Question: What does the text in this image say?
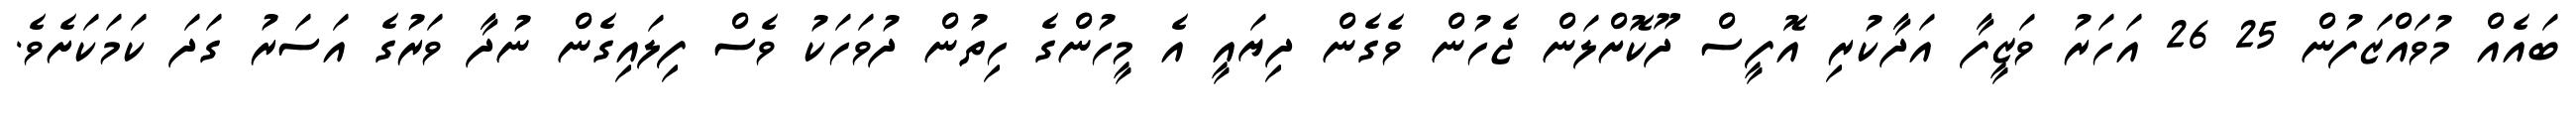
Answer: ބައެއް މުވައްޒަފުން 25 26 އަހަރު ވަޒީފާ އަދާކުރި އޮފީސް ދޫކޮށްލަން ޖެހުން ވެގެން ދިޔައީ އެ މީހުންގެ ހިތުން ދުވަހަކު ވެސް ފިލައިގެން ނުދާ ވަރުގެ އަސަރު ގަދަ ކަމަކަށެވެ.